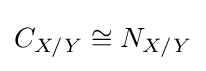
C_{X/Y}\cong N_{X/Y}